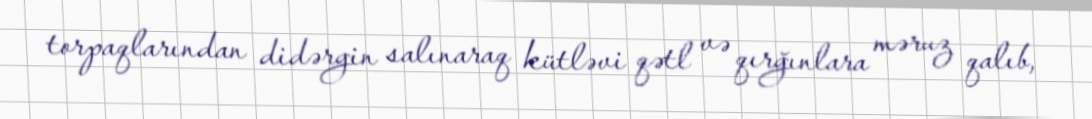
torpaqlarından didərgin salınaraq kütləvi qətl və qırğınlara məruz qalıb,